Annual administration report of the Civil Veterinary Department of India - 1896-1897
Year: 1896
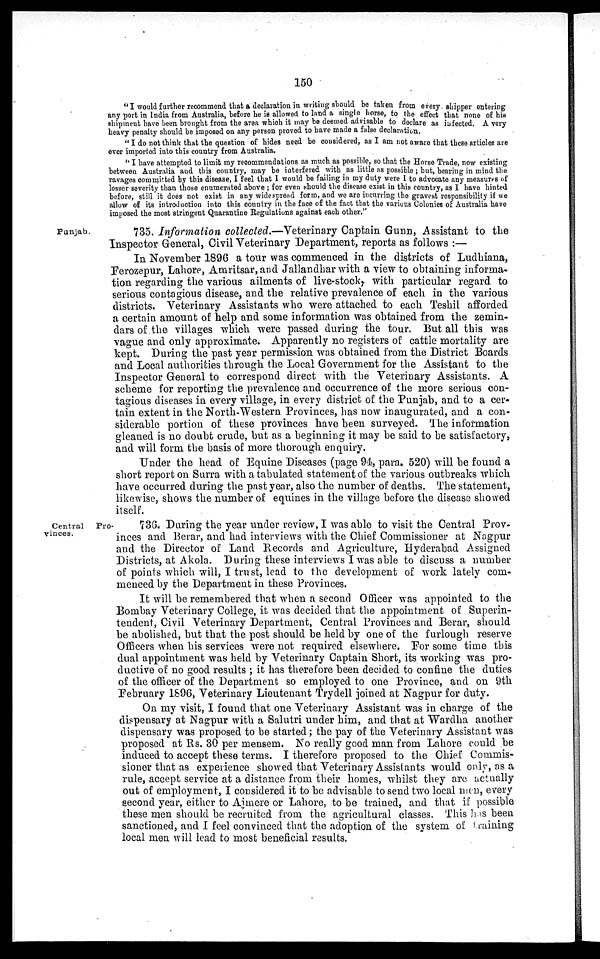
150
"I would further recommend that a declaration in writing should be taken from every shipper entering
any port in India from Australia, before he is allowed to land a single horse, to the effect that none of his
shipment have been brought from the area which it may be deemed advisable to declare as infected. A very
heavy penalty should be imposed on any person proved to have made a false declaration.
" I do not think that the question of hides need be considered, as I am not aware that these articles are
ever imported into this country from Australia.
"I have attempted to limit my recommendations as much as possible, so that the Horse Trade, now existing
between Australia and this country, may be interfered with as little as possible; but, bearing in mind the
ravages committed by this disease, I feel that I would be failing in my duty were I to advocate any measures of
lesser severity than those enumerated above; for even should the disease exist in this country, as I have hinted
before, still it does not exist in any widespread form, and we are incurring the gravest responsibility if we
allow of its introduction into this country in the face of the fact that the various Colonies of Australia have
imposed the most stringent Quarantine Regulations against each other."
Punjab.
735. Information collected.—Veterinary Captain Gunn, Assistant to the
Inspector General, Civil Veterinary Department, reports as follows:—
In November 1896 a tour was commenced in the districts of Ludhiana,
Ferozepur, Lahore, Amritsar, and Jallandhar with a view to obtaining informa-
tion regarding the various ailments of live-stock, with particular regard to
serious contagious disease, and the relative prevalence of each in the various
districts. Veterinary Assistants who were attached to each Teshil afforded
a certain amount of help and some information was obtained from the zemin-
dars of the villages which were passed during the tour. But all this was
vague and only approximate. Apparently no registers of cattle mortality are
kept. During the past year permission was obtained from the District Boards
and Local authorities through the Local Government for the Assistant to the
Inspector General to correspond direct with the Veterinary Assistants. A
scheme for reporting the prevalence and occurrence of the more serious con-
tagious diseases in every village, in every district of the Punjab, and to a cer-
tain extent in the North-Western Provinces, has now inaugurated, and a con-
siderable portion of these provinces have been surveyed. The information
gleaned is no doubt crude, but as a beginning it may be said to be satisfactory,
and will form the basis of more thorough enquiry.
Under the head of Equine Diseases (page 94, para. 520) will be found a
short report on Surra with a tabulated statement of the various outbreaks which
have occurred during the past year, also the number of deaths. The statement,
likewise, shows the number of equines in the village before the disease showed
itself.
Central Pro-
vinces.
736. During the year under review, I was able to visit the Central Prov-
inces and Berar, and had interviews with the Chief Commissioner at Nagpur
and the Director of Land Records and Agriculture, Hyderabad Assigned
Districts, at Akola. During these interviews I was able to discuss a number
of points which will, I trust, lead to the development of work lately com-
menced by the Department in these Provinces.
It will be remembered that when a second Officer was appointed to the
Bombay Veterinary College, it was decided that the appointment of Superin-
tendent, Civil Veterinary Department, Central Provinces and Berar, should
be abolished, but that the post should be held by one of the furlough reserve
Officers when his services were not required elsewhere. For some time this
dual appointment was held by Veterinary Captain Short, its working was pro-
ductive of no good results; it has therefore been decided to confine the duties
of the officer of the Department so employed to one Province, and on 9th
February 1896, Veterinary Lieutenant Trydell joined at Nagpur for duty.
On my visit, I found that one Veterinary Assistant was in charge of the
dispensary at Nagpur with a Salutri under him, and that at Wardha another
dispensary was proposed to be started; the pay of the Veterinary Assistant was
proposed at Rs. 30 per mensem. No really good man from Lahore could be
induced to accept these terms. I therefore proposed to the Chief Commis-
sioner that as experience showed that Veterinary Assistants would only, as a
rule, accept service at a distance from their homes, whilst they are actually
out of employment, I considered it to be advisable to send two local men, every
second year, either to Ajmere or Lahore, to be trained, and that if possible
these men should be recruited from the agricultural classes. This has been
sanctioned, and I feel convinced that the adoption of the system of training
local men will lead to most beneficial results.